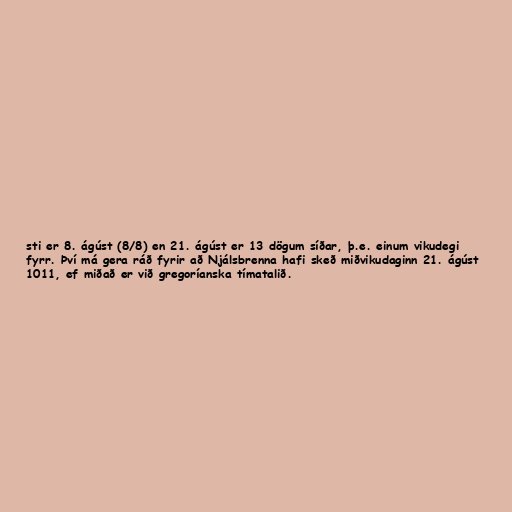
sti er 8. ágúst (8/8) en 21. ágúst er 13 dögum síðar, þ.e. einum vikudegi
fyrr. Því má gera ráð fyrir að Njálsbrenna hafi skeð miðvikudaginn 21. ágúst
1011, ef miðað er við gregoríanska tímatalið.